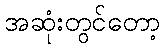
အဆုံးတွင်တော့